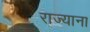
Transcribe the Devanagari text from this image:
राज्याना